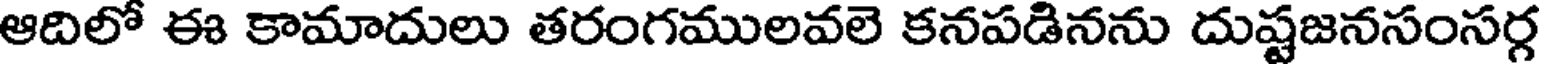
ఆదిలో ఈ కామాదులు తరంగములవలె కనపడినను దుష్టజనసంసర్గ